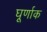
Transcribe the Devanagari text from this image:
घूर्णाक